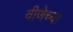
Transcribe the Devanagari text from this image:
वीणेच्या